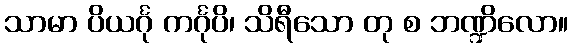
သာမာ ပိယင်္ဂု ကင်္ဂုပိ၊ သိရီသော တု စ ဘဏ္ဍိလော။